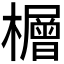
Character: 𪴕